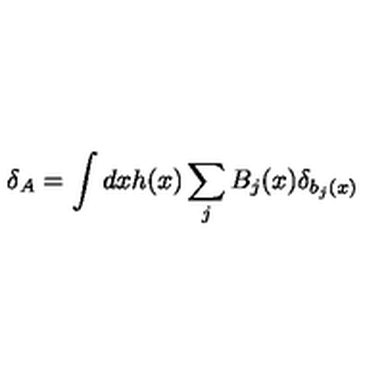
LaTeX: \delta _ { A } = \int d x h ( x ) \sum _ { j } B _ { j } ( x ) \delta _ { b _ { j } ( x ) }